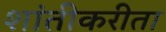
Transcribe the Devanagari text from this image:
शांतीकरीता